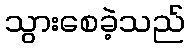
သွားစေခဲ့သည်